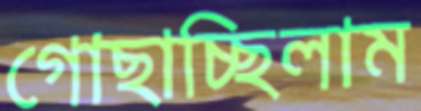
গোছাচ্ছিলাম